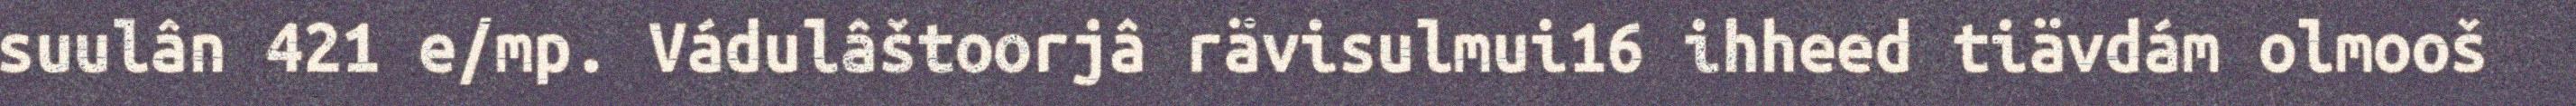
suulân 421 e/mp. Vádulâštoorjâ rävisulmui16 ihheed tiävdám olmooš